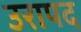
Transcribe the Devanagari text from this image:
उरापद